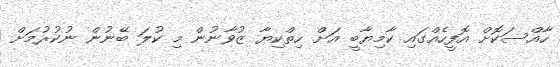
ހާއްސަކޮށް އޮފީހެއްގައި ކާމިޔާބީ އަށް ހިތްކިޔާ ޒުވާނުން މި ކުލަ ބޭނުން ނުކުރުމަށް